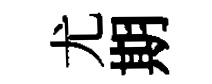
尤期